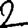
Digit: 2